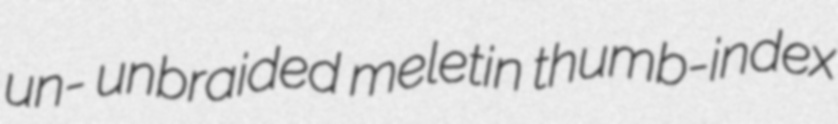
un- unbraided meletin thumb-index